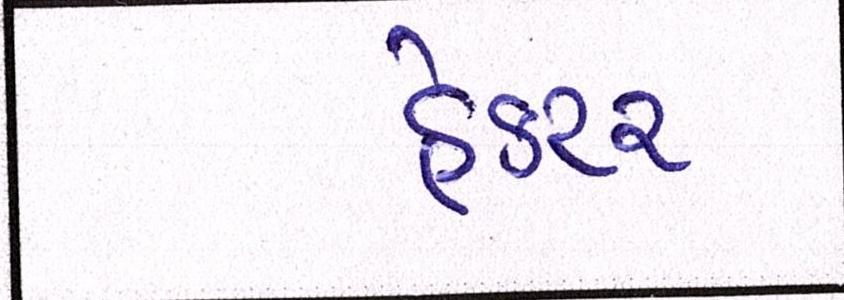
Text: હેક્ટર